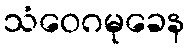
သံဝေဂမုခေန